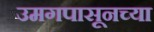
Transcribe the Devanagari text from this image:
उमगपासूनच्या